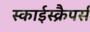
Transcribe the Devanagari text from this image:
स्काईस्क्रैपर्स